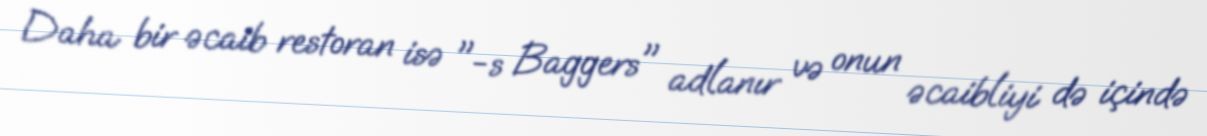
Daha bir əcaib restoran isə "-s Baggers" adlanır və onun əcaibliyi də içində